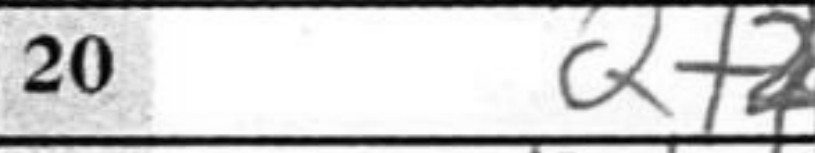
Transcription: Qf2